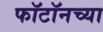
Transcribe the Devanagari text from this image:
फॉटॉनच्या